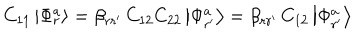
LaTeX: C _ { 1 1 } \left| \Phi _ { r } ^ { a } \right> = \beta _ { r r ^ { \prime } } \, C _ { 1 2 } C _ { 2 2 } \left| \Phi _ { r ^ { \prime } } ^ { a } \right> = \beta _ { r r ^ { \prime } } \, C _ { 1 2 } \left| \Phi _ { r ^ { \prime } } ^ { a } \right>